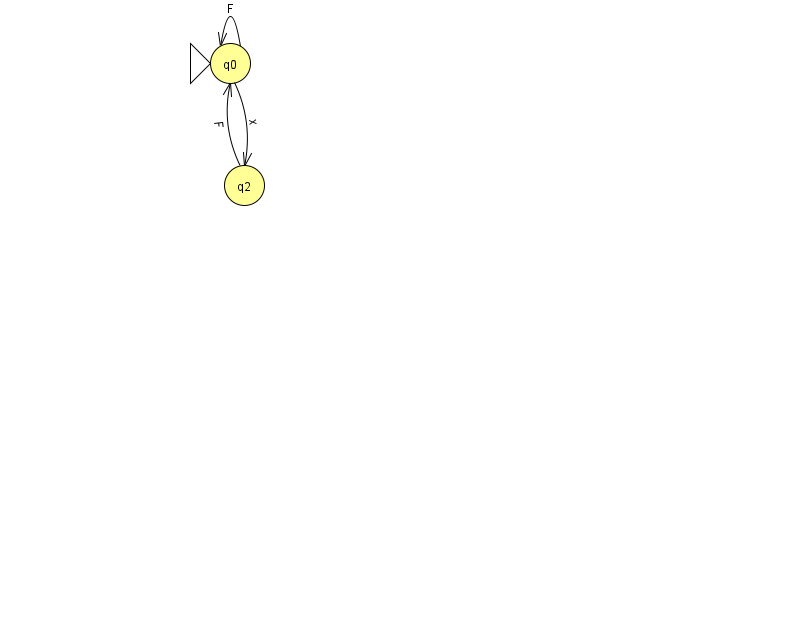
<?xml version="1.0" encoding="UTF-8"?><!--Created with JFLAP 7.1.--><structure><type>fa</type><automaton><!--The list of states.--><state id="0" name="q0"><x>230.0</x><y>50.0</y><initial/></state><state id="2" name="q2"><x>244.0</x><y>172.0</y></state><!--The list of transitions.--><transition><from>0</from><to>2</to><read>x</read></transition><transition><from>0</from><to>0</to><read>F</read></transition><transition><from>2</from><to>0</to><read>F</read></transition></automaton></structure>